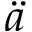
\ddot { a }